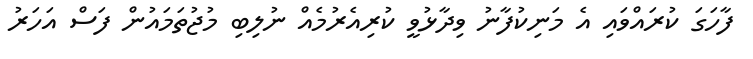
ފާހަގަ ކުރައްވައި އެ މަނިކުފާނު ވިދާޅުވީ ކުރިއެރުމެއް ނުލިބި މުޖުތަމައުން ފަސް އަހަރު